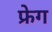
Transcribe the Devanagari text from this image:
फ्रेग